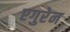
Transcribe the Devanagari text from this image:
एगुरेन